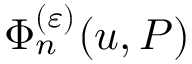
\Phi _ { n } ^ { ( \varepsilon ) } ( u , P )